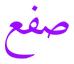
صفع